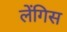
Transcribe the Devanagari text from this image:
लेंगिस